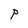
Character: P